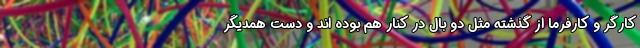
کارگر و کارفرما از گذشته مثل دو بال در کنار هم بوده اند و دست همدیگر